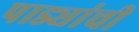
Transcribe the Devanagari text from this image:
पाड्यांची